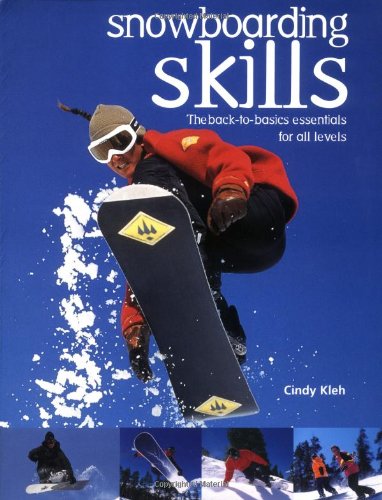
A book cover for Snowboarding Skills: The Back-To-Basics Essentials for All Levels; Cindy Kleh; Sports & Outdoors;